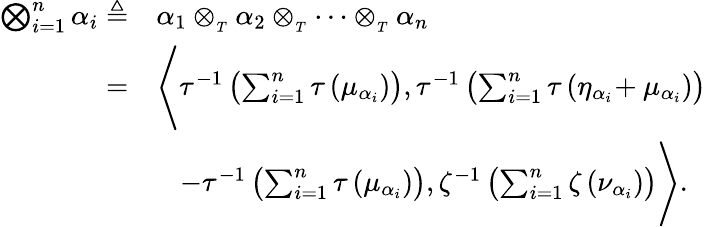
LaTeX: \begin{array}{rl}{\bigotimes_{i=1}^{n}\alpha_{i}\triangleq}&{\alpha_{1}\otimes_{_{T}}\alpha_{2}\otimes_{_{T}}\cdots\otimes_{_{T}}\alpha_{n}}\\ {=}&{\Bigg\langle\tau^{-1}\left(\sum_{i=1}^{n}\tau\left(\mu_{\alpha_{i}}\right)\right),\tau^{-1}\left(\sum_{i=1}^{n}\tau\left(\eta_{\alpha_{i}}\! +\mu_{\alpha_{i}}\right)\right)}\\ &{\quad\! -\tau^{-1}\left(\sum_{i=1}^{n}\tau\left(\mu_{\alpha_{i}}\right)\right),\zeta^{-1}\left(\sum_{i=1}^{n}\zeta\left(\nu_{\alpha_{i}}\right)\right)\Bigg\rangle.}\end{array}